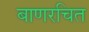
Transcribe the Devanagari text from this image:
बाणरचित